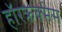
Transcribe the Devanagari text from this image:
हॉरक्रक्सेस